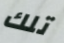
تلك